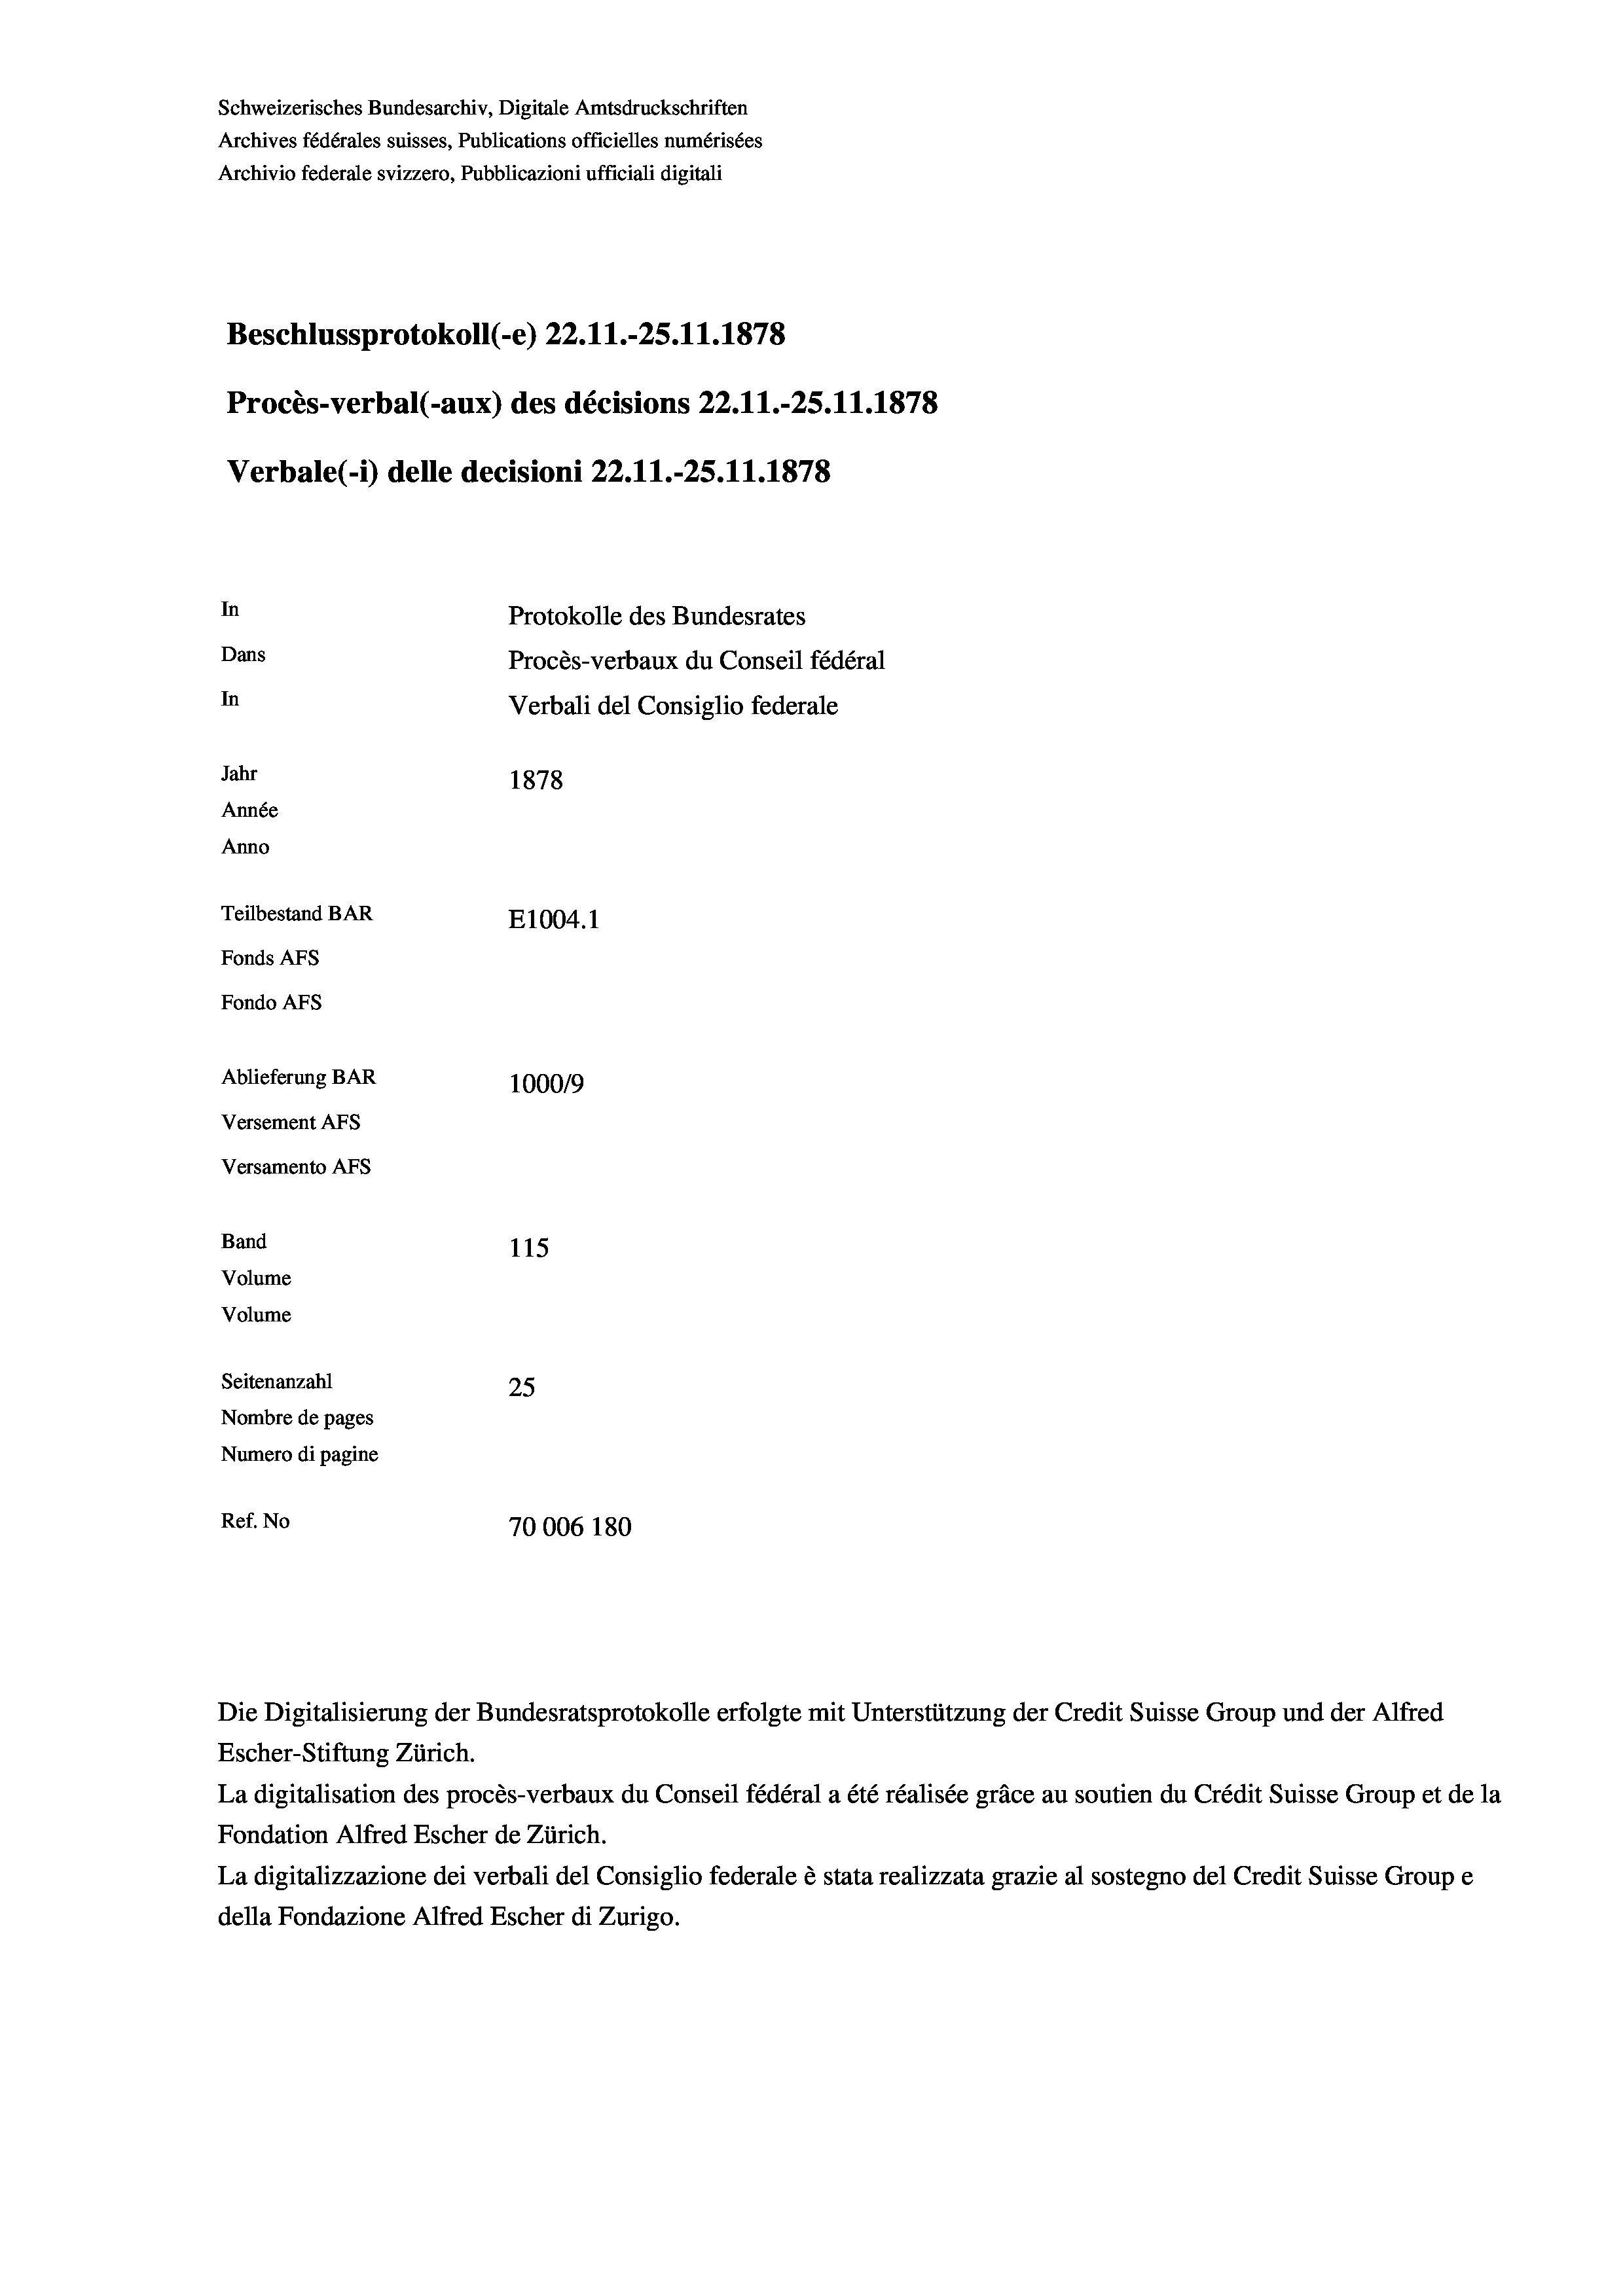
Schweizerisches Bundesarchiv, Digitale Amtsdruckschriften
Archives fédérales suisses, Publications officielles numérisées
Archivio federale svizzero, Pubblicazioni ufficiali digitali
Beschlussprotokoll (-e) 22.11.-25.11.1878
Procès-verbal (-aux) des décisions 22.11.-25.11.1878
Verbale (- 1) delle decisioni 22.11.-25.11.1878
In
Protokolle des Bundesrates
Dans
Procès-verbaux du Conseil fédéral
In
Verbali del Consiglio federale
Jahr
1878
Année
Anno
Teilbestand BAR
E1004. 1
Fonds Afs
Fondo AFs
Ablieferung BAR
100019
Versement AFs
Versamento Afs
Band
115
Volume
Volume
Seitenanzahl
25
Nombre de pages
Numero di pagine
Ref. No
70006 180

Escher-Stiftung Zürich.
La digitalisation des procès-verbaux du Conseil fédéral a été réalisée gräce au soutien du Crédit Suisse Group et de la
Fondation Alfred Escher de Zürich.
La digitalizzazione dei verbali del Consiglio federale è stata realizzata grazie al sostegno del Credit Suisse Groupe
della Fondazione Alfred Escher di Zurigo.

Die Digitalisierung der Bundesratsprotokolle erfolgte mit Unterstützung der Credit Suisse Group und der Alfred